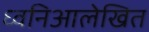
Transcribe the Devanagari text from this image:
ध्वनिआलेखित